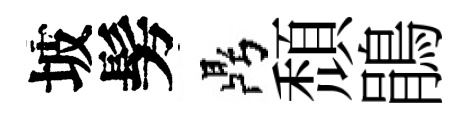
坡髣鼎頹鵑